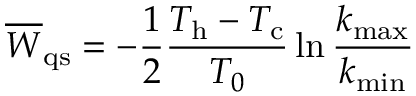
\overline { { W } } _ { \mathrm { q s } } = - \frac { 1 } { 2 } \frac { T _ { \mathrm { h } } - T _ { \mathrm { c } } } { T _ { 0 } } \ln \frac { k _ { \mathrm { m a x } } } { k _ { \mathrm { m i n } } }